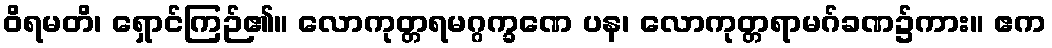
ဝိရမတိ၊ ရှောင်ကြဉ်၏။ လောကုတ္တရမဂ္ဂက္ခဏေ ပန၊ လောကုတ္တရာမဂ်ခဏ၌ကား။ ဧက